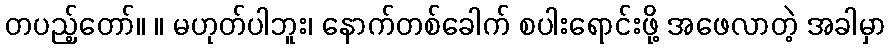
တပည့်တော်။ ။ မဟုတ်ပါဘူး၊ နောက်တစ်ခေါက် စပါးရောင်းဖို့ အဖေလာတဲ့ အခါမှာ